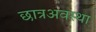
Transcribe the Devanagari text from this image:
छात्रअवस्था